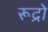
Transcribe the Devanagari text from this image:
रूद्रो